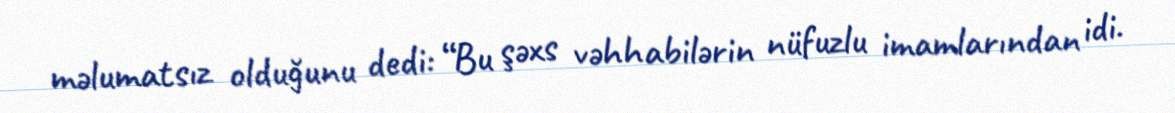
məlumatsız olduğunu dedi: “Bu şəxs vəhhabilərin nüfuzlu imamlarından idi.